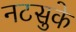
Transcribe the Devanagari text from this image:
नटसुके